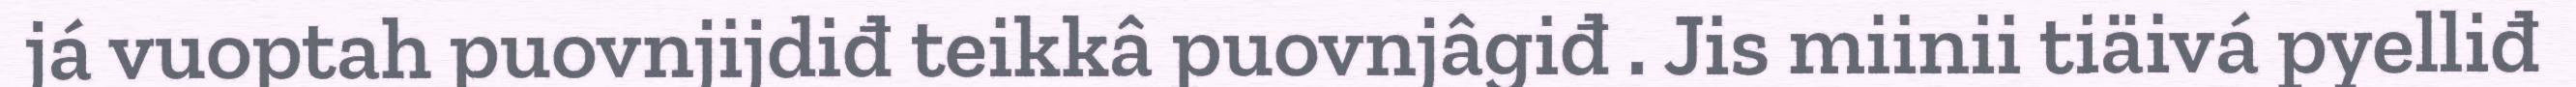
já vuoptah puovnjijdiđ teikkâ puovnjâgiđ . Jis miinii tiäivá pyelliđ